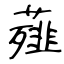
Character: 薤